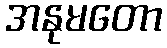
အနုမတော